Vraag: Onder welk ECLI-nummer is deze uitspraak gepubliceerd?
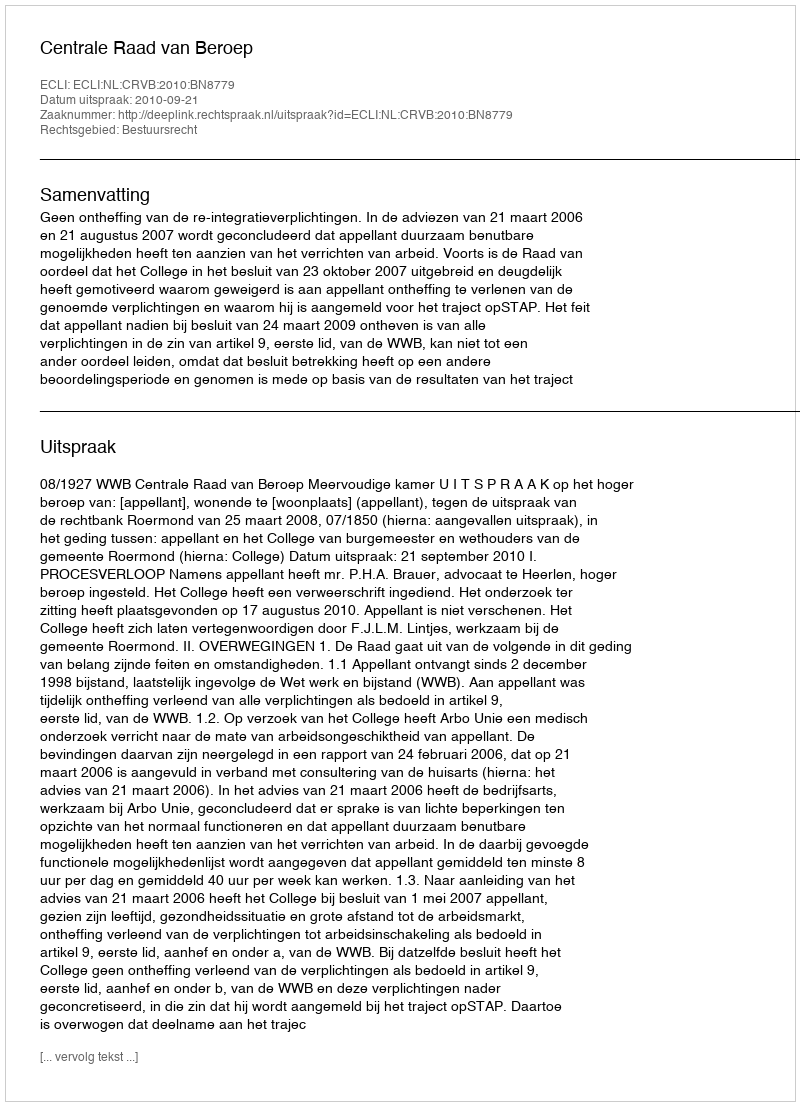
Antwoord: ECLI:NL:CRVB:2010:BN8779